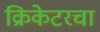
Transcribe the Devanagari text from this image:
क्रिकेटरचा